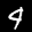
Label: 4